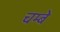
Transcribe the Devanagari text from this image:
चम्बे